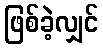
ဖြစ်ခဲ့လျှင်